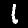
Digit: 1